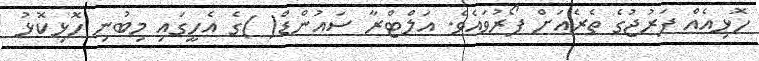
ހޮޅިއެއް ފަރުޖުގެ ތެރެއަށް ފޯރުވައެވެ. އަލްޓްރާ ސައުންޑް( )ގެ އެހީގައި މިބުނި ހޮޅިކޮޅު